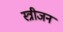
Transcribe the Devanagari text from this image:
स्त्रीजन